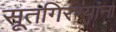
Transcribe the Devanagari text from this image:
सूतगिरण्यांना